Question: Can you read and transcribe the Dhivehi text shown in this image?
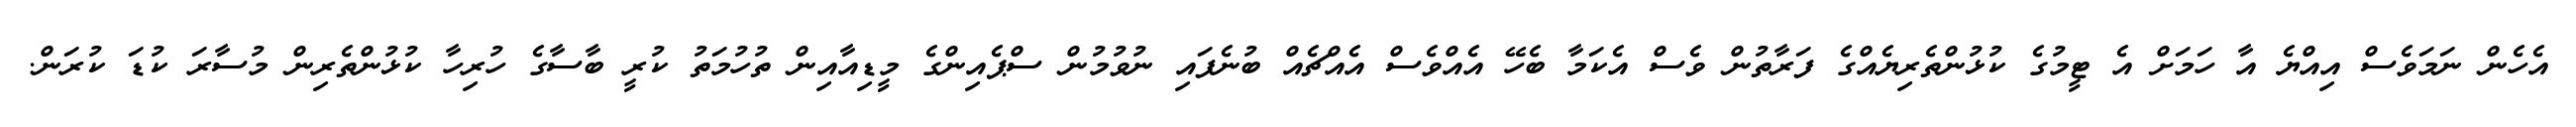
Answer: އެހެން ނަމަވެސް އިއްޔެ އާ ހަމަށް އެ ޓީމުގެ ކުޅުންތެރިޔެއްގެ ފަރާތުން ވެސް އެކަމާ ބެހޭ އެއްވެސް އެއްޗެއް ބުނެފައި ނުވުމުން ސްޕެއިންގެ މީޑިއާއިން ތުހުމަތު ކުރީ ބާސާގެ ހުރިހާ ކުޅުންތެރިން މުސާރަ ކުޑަ ކުރަން.